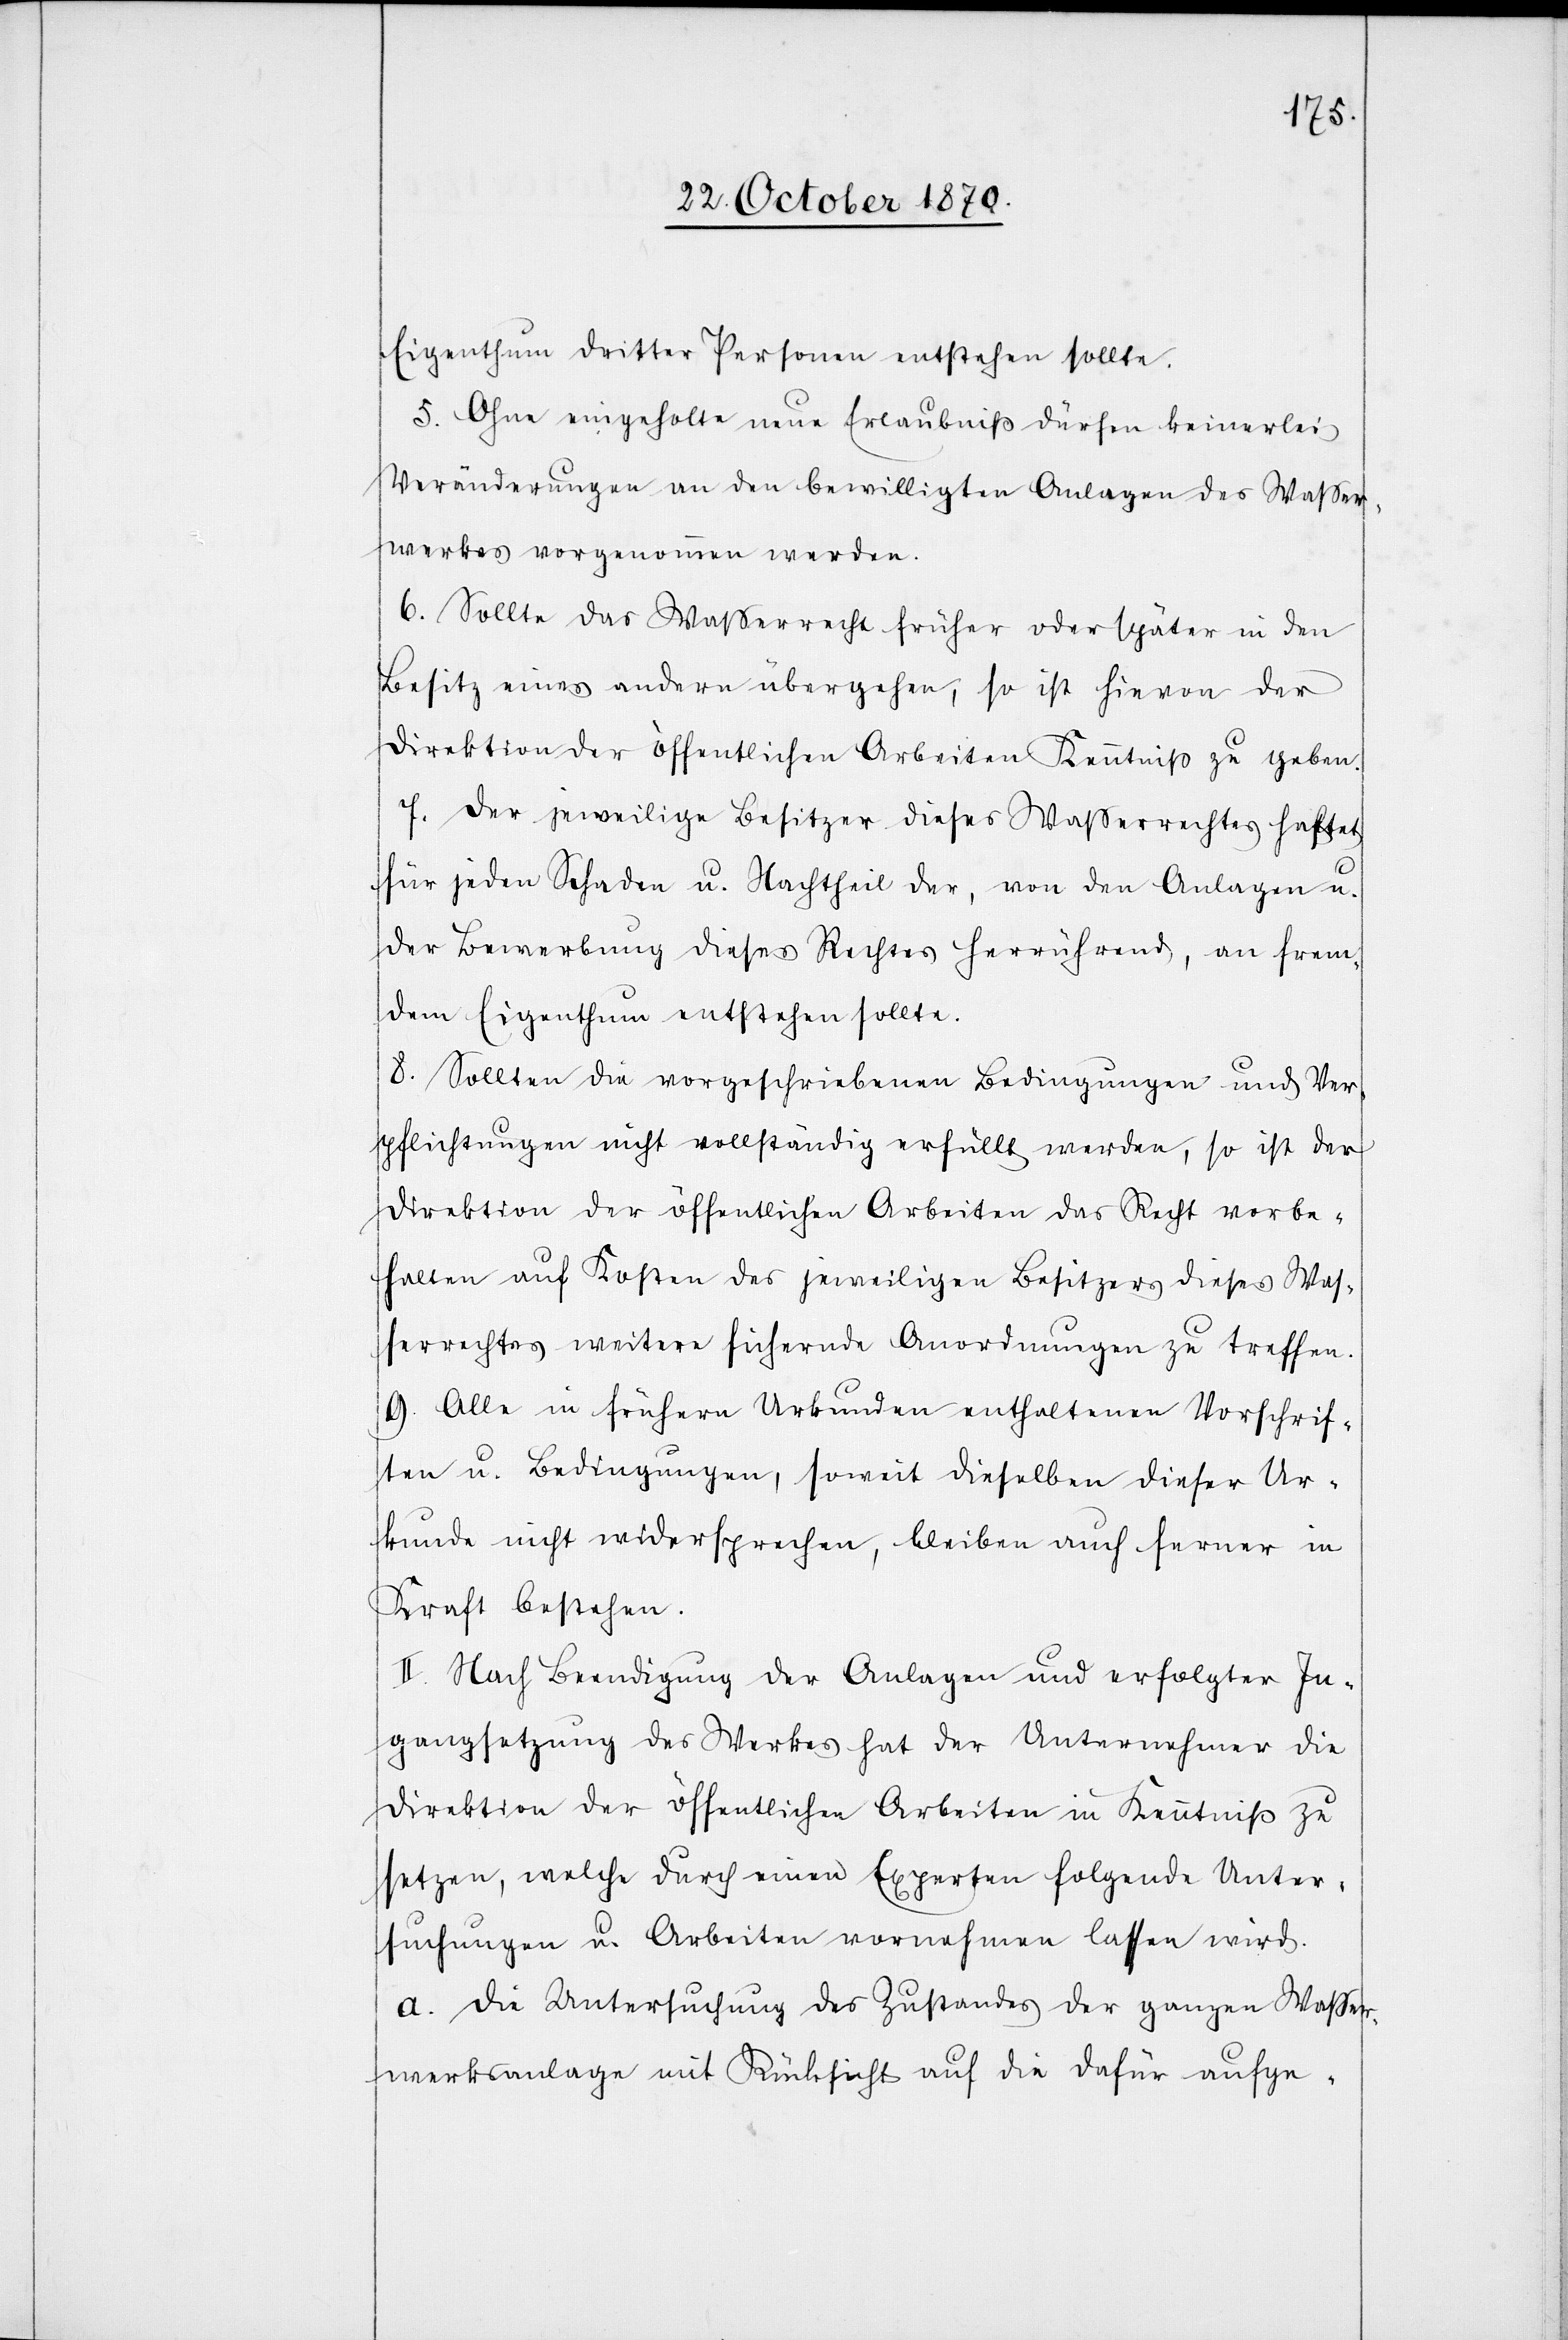
Eigenthum dritter Personen entstehen sollte.
5. Ohne eingeholte neue Erlaubniß dürfen keinerlei
Veränderungen an den bewilligten Anlagen des Waßer¬
werkes vorgenommen werden.
6. Sollte das Waßerrecht früher oder später in den
Besitz eines andern übergehen, so ist hievon der
Direktion der öffentlichen Arbeiten Kenntniß zu geben.
7. Der jeweilige Besitzer dieses Wasserrechtes haftet
für jeden Schaden u. Nachtheil der, von den Anlagen u.
der Bewerbung dieses Rechtes herrührend, an frem¬
dem Eigenthum entstehen sollte.
8. Sollten die vorgeschriebenen Bedingungen und Ver¬
pflichtungen nicht vollständig erfüllt werden, so ist der
Direktion der öffentlichen Arbeiten das Recht vorbe¬
halten auf Kosten des jeweiligen Besitzers dieses Was¬
serrechtes weitere sichernde Anordnungen zu treffen.
9. Alle in frühern Urkunden enthaltene Vorschrif¬
ten u. Bedingungen, soweit dieselben dieser Ur¬
kunde nicht widersprechen, bleiben auch ferner in
Kraft bestehen.
II. Nach Beendigung der Anlagen und erfolgter In¬
gangsetzung des Werkes hat der Unternehmer die
Direktion der öffentlichen Arbeiten in Kenntniß zu
setzen, welche durch einen Experten folgende Unter¬
suchungen u. Arbeiten vornehmen lassen wird.
a. Die Untersuchung des Zustandes der ganzen Waßer¬
werkanlage mit Rücksicht auf die dafür aufge-